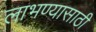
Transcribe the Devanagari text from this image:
लाभण्यासाठी